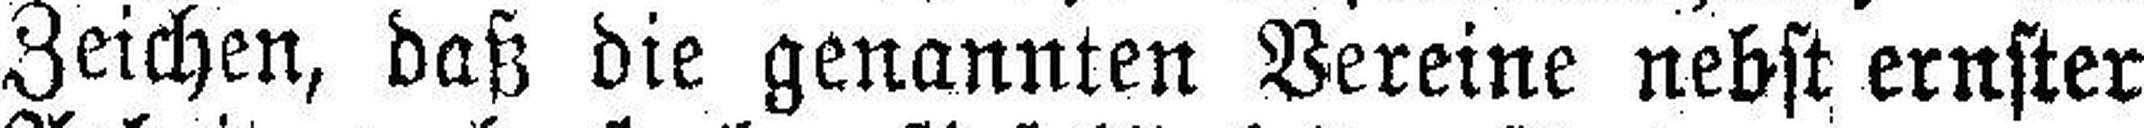
Zeichen, daß die genannten Vereine nebst ernster